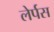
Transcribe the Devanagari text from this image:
लेर्पस